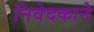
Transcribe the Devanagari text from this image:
निवेदकाने